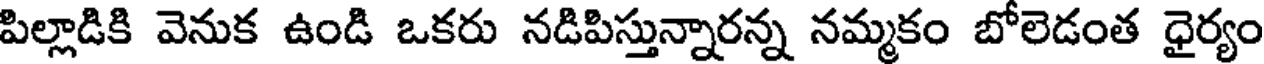
పిల్లాడికి వెనుక ఉండి ఒకరు నడిపిస్తున్నారన్న నమ్మకం బోలెడంత ధైర్యం